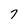
Character: 7